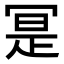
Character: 𭁼